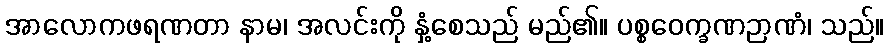
အာလောကဖရဏတာ နာမ၊ အလင်းကို နှံ့စေသည် မည်၏။ ပစ္စဝေက္ခဏဉာဏံ၊ သည်။